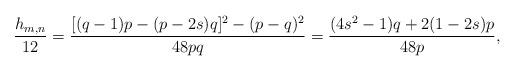
LaTeX: \begin{align*}\frac{h_{m,n}}{12}=\frac{[(q-1)p-(p-2s)q]^2-(p-q)^2}{48pq}=\frac{(4s^2-1)q+2(1-2s)p}{48p},\end{align*}